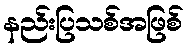
နည်းပြသစ်အဖြစ်